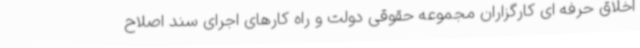
اخلاق حرفه ای کارگزاران مجموعه حقوقی دولت و راه کارهای اجرای سند اصلاح